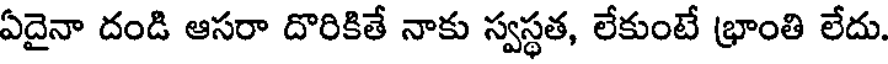
ఏదైనా దండి ఆసరా దొరికితే నాకు స్వస్థత, లేకుంటే భ్రాంతి లేదు.